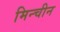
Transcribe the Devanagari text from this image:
मिन्चीन